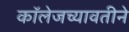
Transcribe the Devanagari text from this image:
कॉलेजच्यावतीने